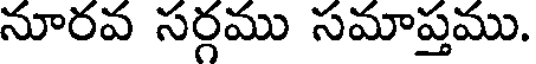
నూరవ సర్గము సమాప్తము.